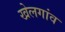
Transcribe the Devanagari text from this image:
खेलगांव